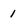
Character: 1